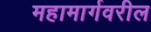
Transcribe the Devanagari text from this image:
महामार्गवरील